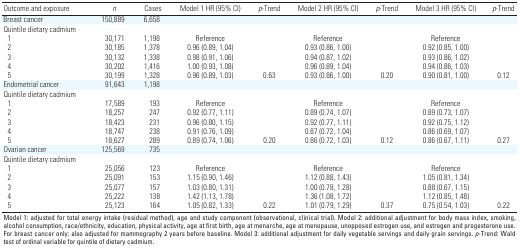
<table><thead><tr><td><b>Outcome and exposure</b></td><td><b><i>n</i></b></td><td><b>Cases</b></td><td><b>Model 1 HR (95% CI)</b></td><td><b><i>p</i>-Trend</b></td><td><b>Model 2 HR (95% CI)</b></td><td><b><i>p</i>-Trend</b></td><td><b>Model 3 HR (95% CI)</b></td><td><b><i>p</i>-Trend</b></td></tr></thead><tbody><tr><td><b>Breast cancer</b></td><td>150,889</td><td>6,658</td></tr><tr><td><b>Quintile dietary cadmium</b></td></tr><tr><td><b>1</b></td><td>30,171</td><td>1,198</td><td>Reference</td><td>[EMPTY_CELL]</td><td>Reference</td><td>[EMPTY_CELL]</td><td>Reference</td></tr><tr><td><b>2</b></td><td>30,185</td><td>1,378</td><td>0.96 (0.89, 1.04)</td><td>[EMPTY_CELL]</td><td>0.93 (0.86, 1.00)</td><td>[EMPTY_CELL]</td><td>0.92 (0.85, 1.00)</td></tr><tr><td><b>3</b></td><td>30,132</td><td>1,338</td><td>0.98 (0.91, 1.06)</td><td>[EMPTY_CELL]</td><td>0.94 (0.87, 1.02)</td><td>[EMPTY_CELL]</td><td>0.93 (0.86, 1.02)</td></tr><tr><td><b>4</b></td><td>30,202</td><td>1,416</td><td>1.00 (0.93, 1.08)</td><td>[EMPTY_CELL]</td><td>0.96 (0.89, 1.04)</td><td>[EMPTY_CELL]</td><td>0.94 (0.86, 1.03)</td></tr><tr><td><b>5</b></td><td>30,199</td><td>1,328</td><td>0.96 (0.89, 1.03)</td><td>0.63</td><td>0.93 (0.86, 1.00)</td><td>0.20</td><td>0.90 (0.81, 1.00)</td><td>0.12</td></tr><tr><td><b>Endometrial cancer</b></td><td>91,643</td><td>1,198</td></tr><tr><td><b>Quintile dietary cadmium</b></td></tr><tr><td><b>1</b></td><td>17,589</td><td>193</td><td>Reference</td><td>[EMPTY_CELL]</td><td>Reference</td><td>[EMPTY_CELL]</td><td>Reference</td></tr><tr><td><b>2</b></td><td>18,257</td><td>247</td><td>0.92 (0.77, 1.11)</td><td>[EMPTY_CELL]</td><td>0.89 (0.74, 1.07)</td><td>[EMPTY_CELL]</td><td>0.89 (0.73, 1.07)</td></tr><tr><td><b>3</b></td><td>18,423</td><td>231</td><td>0.96 (0.80, 1.15)</td><td>[EMPTY_CELL]</td><td>0.92 (0.77, 1.11)</td><td>[EMPTY_CELL]</td><td>0.92 (0.75, 1.12)</td></tr><tr><td><b>4</b></td><td>18,747</td><td>238</td><td>0.91 (0.76, 1.09)</td><td>[EMPTY_CELL]</td><td>0.87 (0.72, 1.04)</td><td>[EMPTY_CELL]</td><td>0.86 (0.69, 1.07)</td></tr><tr><td><b>5</b></td><td>18,627</td><td>289</td><td>0.89 (0.74, 1.06)</td><td>0.20</td><td>0.86 (0.72, 1.03)</td><td>0.12</td><td>0.86 (0.67, 1.11)</td><td>0.27</td></tr><tr><td><b>Ovarian cancer</b></td><td>125,569</td><td>735</td></tr><tr><td><b>Quintile dietary cadmium</b></td></tr><tr><td><b>1</b></td><td>25,056</td><td>123</td><td>Reference</td><td>[EMPTY_CELL]</td><td>Reference</td><td>[EMPTY_CELL]</td><td>Reference</td></tr><tr><td><b>2</b></td><td>25,091</td><td>153</td><td>1.15 (0.90, 1.46)</td><td>[EMPTY_CELL]</td><td>1.12 (0.88, 1.43)</td><td>[EMPTY_CELL]</td><td>1.05 (0.81, 1.34)</td></tr><tr><td><b>3</b></td><td>25,077</td><td>157</td><td>1.03 (0.80, 1.31)</td><td>[EMPTY_CELL]</td><td>1.00 (0.78, 1.28)</td><td>[EMPTY_CELL]</td><td>0.88 (0.67, 1.15)</td></tr><tr><td><b>4</b></td><td>25,222</td><td>138</td><td>1.42 (1.13, 1.78)</td><td>[EMPTY_CELL]</td><td>1.36 (1.08, 1.72)</td><td>[EMPTY_CELL]</td><td>1.12 (0.85, 1.48)</td></tr><tr><td><b>5</b></td><td>25,123</td><td>164</td><td>1.05 (0.82, 1.33)</td><td>0.22</td><td>1.01 (0.79, 1.29)</td><td>0.37</td><td>0.75 (0.54, 1.03)</td><td>0.22</td></tr><tr><td colspan="9">Model 1: adjusted for total energy intake (residual method), age and study component (observational, clinical trial). Model 2: additional adjustment for body mass index, smoking, ­alcohol consumption, race/ethnicity, education, physical activity, age at first birth, age at menarche, age at menopause, unopposed estrogen use, and estrogen and progesterone use. For breast cancer only: also adjusted for mammography 2 years before baseline. Model 3: additional adjustment for daily vegetable servings and daily grain servings. <i>p</i>-Trend: Wald test of ordinal variable for quintile of dietary cadmium.</td></tr></tbody></table>